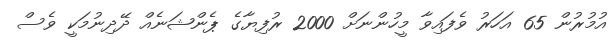
އުމުރުން 65 އަހަރު ވެފައިވާ މީހުންނަށް 2000 ރުފިޔާގެ ޕެންޝަނެއް ދޭދިނުމަކީ ވެސް